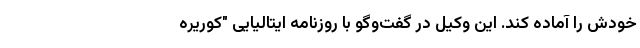
خودش را آماده کند. این وکیل در گفت‌وگو با روزنامه ایتالیایی "کوریره